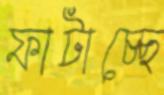
ফাটাচ্ছে